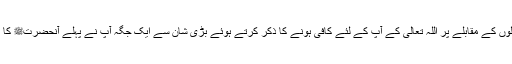
اللہ تعالیٰ کی تائیدات اور دشمنوں کے حملوں کے مقابلے پر اللہ تعالیٰ کے آپؑ کے لئے کافی ہونے کا ذکر کرتے ہوئے بڑی شان سے ایک جگہ آپؑ نے پہلے آنحضرتﷺ کا اور پھر اس کے بعد ساتھ ہی اپنا ذکر کیا۔